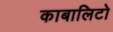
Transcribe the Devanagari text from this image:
काबालिटो